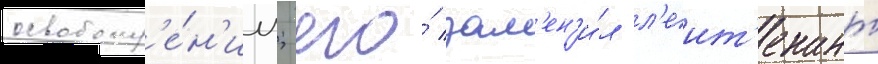
освобожд'е́н'ии; его́ зам'ен'и́л л'еит'енант